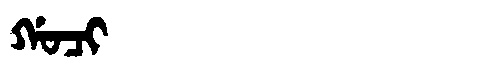
Manchu: ᡤᠣᠴᡳ
Romanization: GOCI